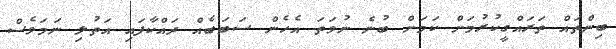
ބިންތައް ތަރައްގީކުރުމަށް ކަމަށް ބުނެ ނުވަތަ އެހެން ސަބަބެއް ދައްކާފައި އަތުލި ނަމަވެސް